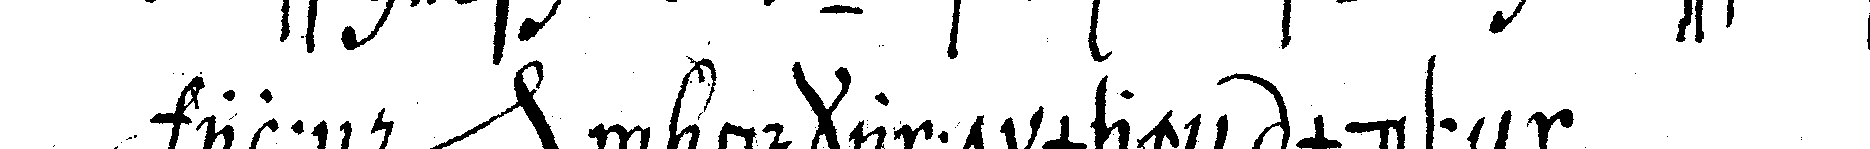
alleN *nee* n bekannt macheN müsseN .